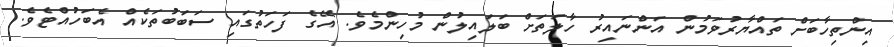
އިންތިހާބަށް ތައްޔާރުވަމުން އަންނައިރު ހާލަތަށް ބަލައިލުން މުހިންމެވެ. އޭގެ ފަހަތުގައި ސަބަބުތަކެއް އެބަހުއްޓެވެ.